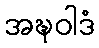
အဍ္ဎဝါဒံ